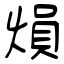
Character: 熉